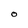
Character: O